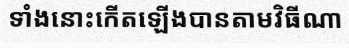
ទាំងនោះកើតឡើងបានតាមវិធីណា